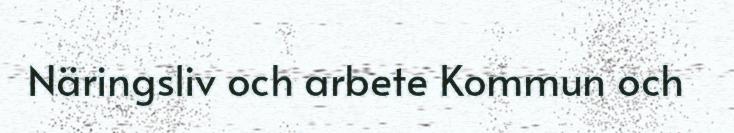
Näringsliv och arbete Kommun och